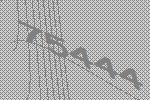
75444